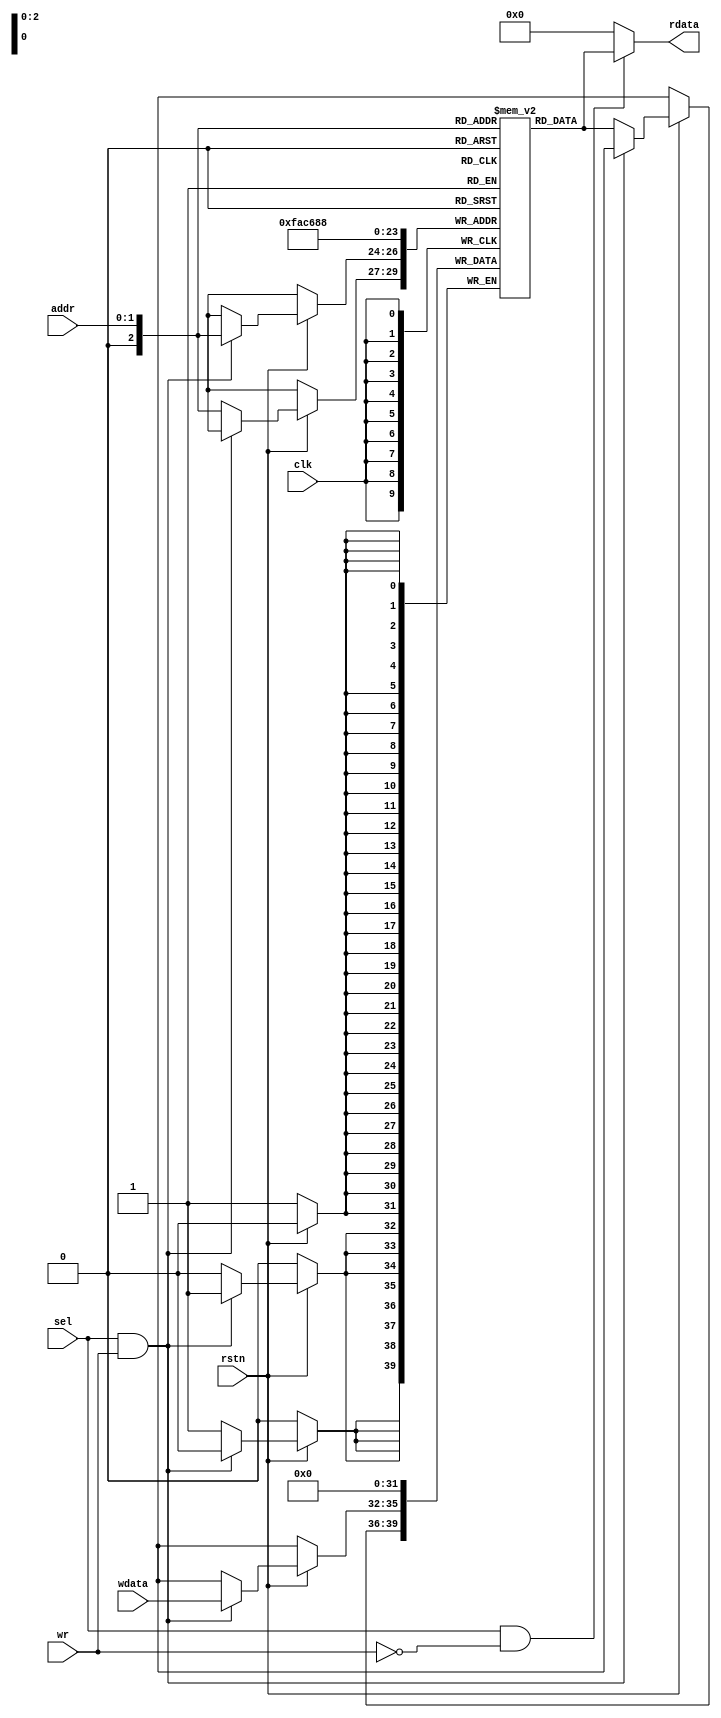
`timescale 1ns / 1ps

module memory_8x4bit #(parameter addr_width=2, depth= 8, write=4, read=4)(
input clk, rstn,wr,sel,
input [addr_width-1:0] addr,
input [write-1:0] wdata,
output [read-1:0] rdata
    );
    
reg [3:0] register [0:depth-1];
integer i;

always @ (posedge clk) begin
    if (!rstn) begin
        for (i = 0; i < 8; i = i+1) begin
            register[i] <= 0;   
        end
    end else begin
            if (sel & wr)
                register [addr] <= wdata;
    else
            register [addr] <= register [addr];
    end
    end

        assign rdata = (sel & ~wr) ? register [addr]: 0;

endmodule